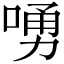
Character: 㗈